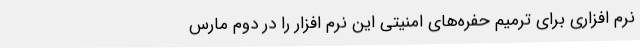
نرم افزاری برای ترمیم حفره‌های امنیتی این نرم افزار را در دوم مارس